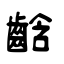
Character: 𪘒